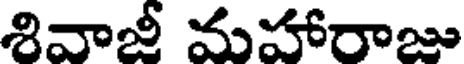
శివాజీ మహారాజు